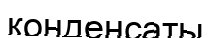
конденсаты